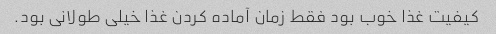
کیفیت غذا خوب بود فقط زمان آماده کردن غذا خیلی طولانی بود.